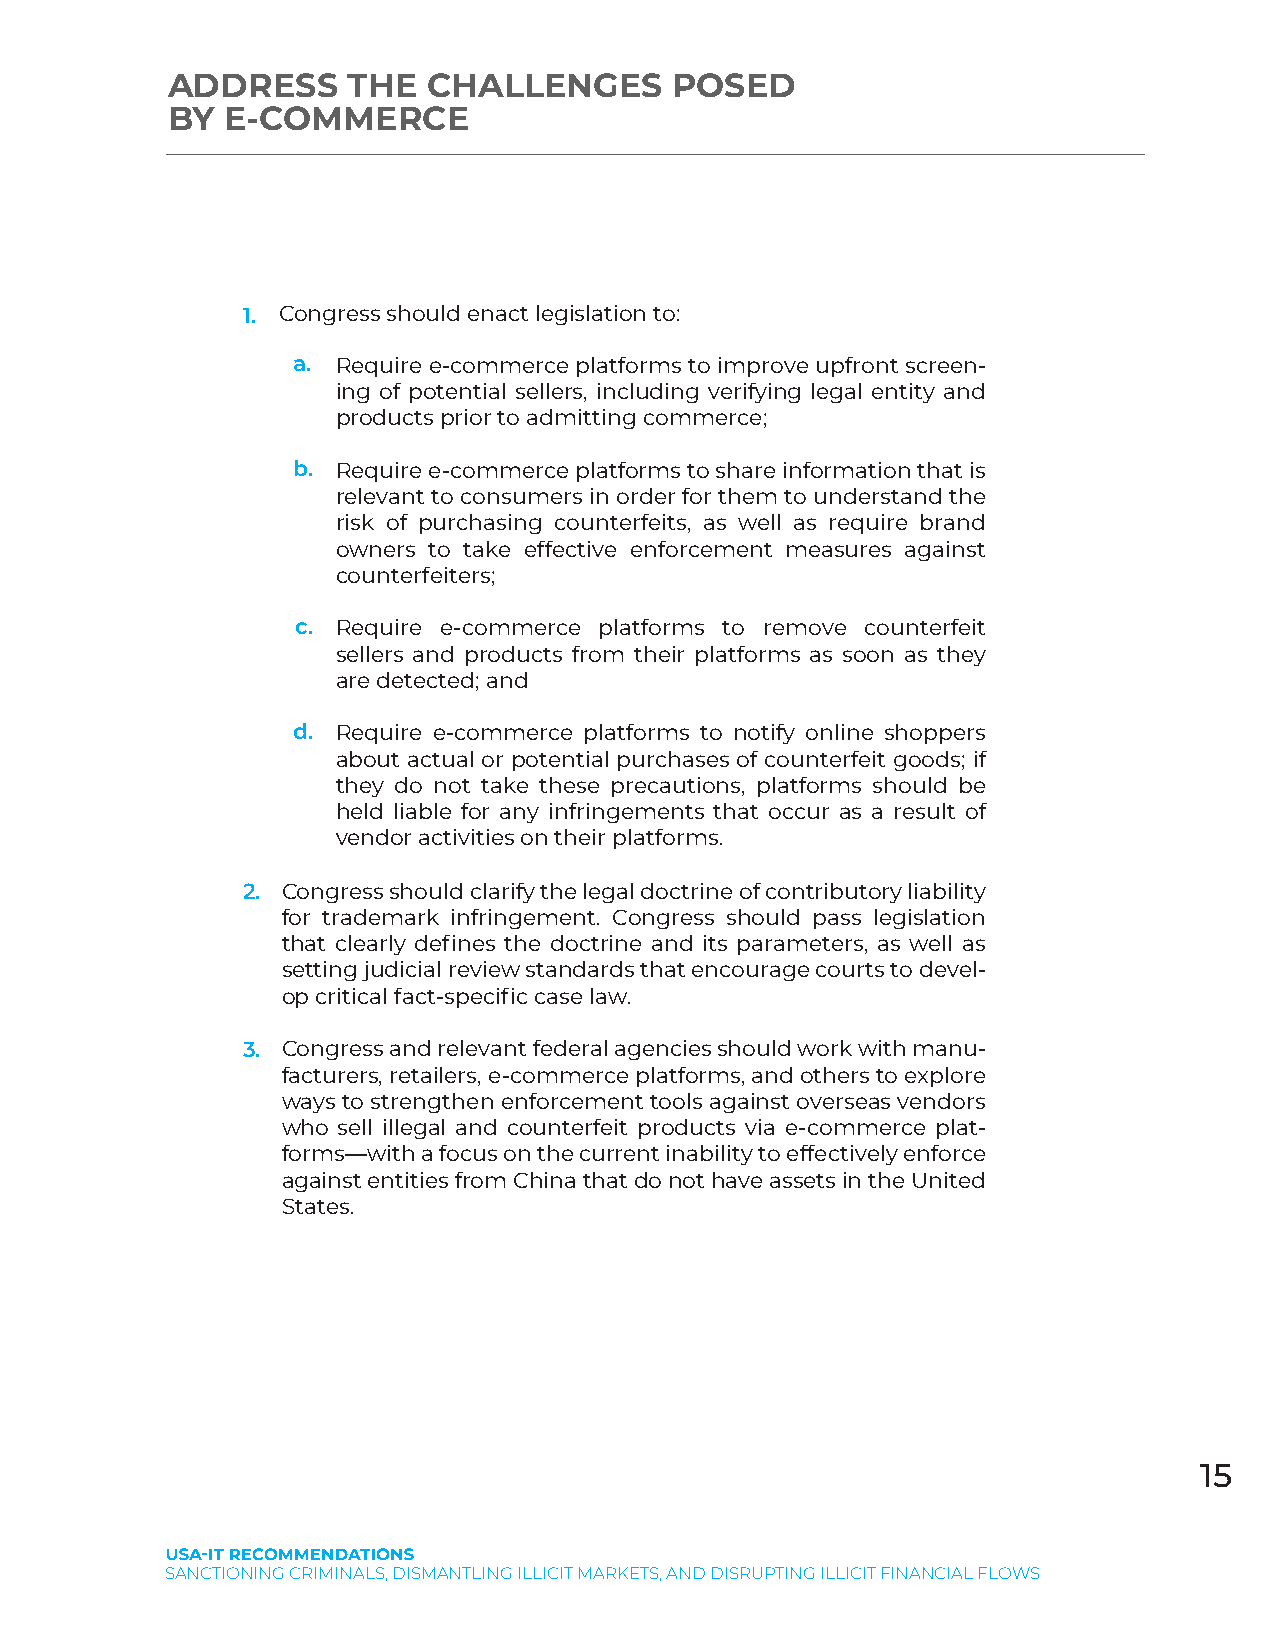
ADDRESS     THE  CHALLENGES      POSED
 BY  E-COMMERCE
 1. Congress should enact legislation to:
 a. Require e-commerce platforms to improve upfront screen-
 ing of potential sellers, including verifying legal entity and
 products prior to admitting commerce;
 b. Require e-commerce platforms to share information that is
 relevant to consumers in order for them to understand the
 risk of purchasing counterfeits, as well as require brand
 owners to take effective enforcement measures against
 counterfeiters;
 c. Require e-commerce platforms to remove counterfeit
 sellers and products from their platforms as soon as they
 are detected; and
 d. Require e-commerce platforms to notify online shoppers
 about actual or potential purchases of counterfeit goods; if
 they do not take these precautions, platforms should be
 held liable for any infringements that occur as a result of
 vendor activities on their platforms.
 2. Congress should clarify the legal doctrine of contributory liability
 for trademark infringement. Congress should pass legislation
 that clearly defines the doctrine and its parameters, as well as
 setting judicial review standards that encourage courts to devel-
 op critical fact-specific case law.
 3. Congress and relevant federal agencies should work with manu-
 facturers, retailers, e-commerce platforms, and others to explore
 ways to strengthen enforcement tools against overseas vendors
 who sell illegal and counterfeit products via e-commerce plat-
 forms––with a focus on the current inability to effectively enforce
 against entities from China that do not have assets in the United
 States.
 15
 SANCTIONING CRIMINALS, DISMANTLING ILLICIT MARKETS, AND DISRUPTING ILLICIT FINANCIAL FLOWS